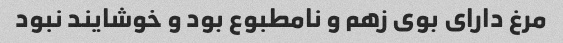
مرغ دارای بوی زهم و نامطبوع بود و خوشایند نبود